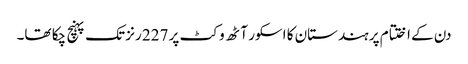
دن کے اختتام پر ہندستان کا اسکور آٹھ وکٹ پر 227 رنز تک پہنچ چکا تھا۔